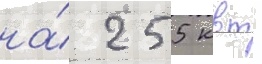
на́ 255 квт -